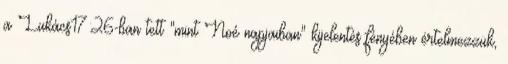
a Lukács17:26-ban tett "mint Noé napjaiban" kijelentés fényében értelmezzük,